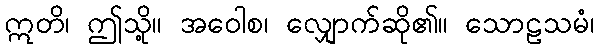
ဣတိ၊ ဤသို့။ အဝေါစ၊ လျှောက်ဆို၏။ သောဠသမံ၊